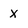
Character: X